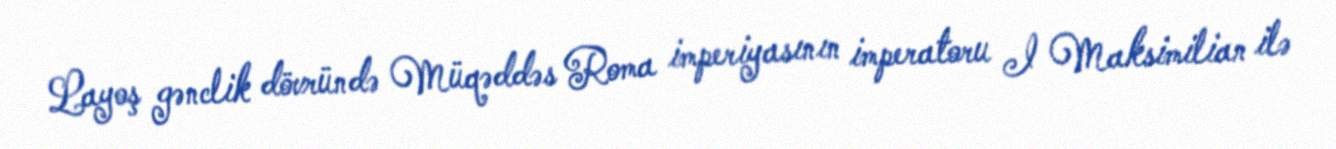
Layoş gənclik dövründə Müqəddəs Roma imperiyasının imperatoru I Maksimilian ilə